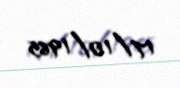
17/10/1965